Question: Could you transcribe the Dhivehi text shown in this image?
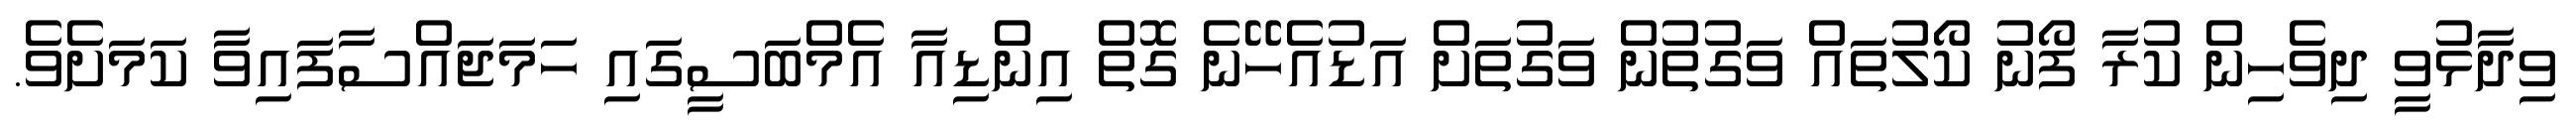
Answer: ވިދާޅުވީ ދިވެހިން ކުރާ ފޯނު ކޯލުތައް ވަގުތުން ވަގުތަށް އަޑުއެހޭނެ ގޮތް އިންޑިއާ އެމްބަސީގައި ހަމަޖައްސާފައިވާ ކަމަށެވެ.